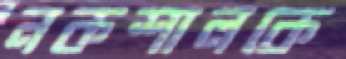
নকশালকে